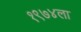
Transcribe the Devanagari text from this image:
१९७४ला